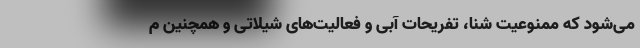
می‌شود که ممنوعیت شنا، تفریحات آبی و فعالیت‌های شیلاتی و همچنین م